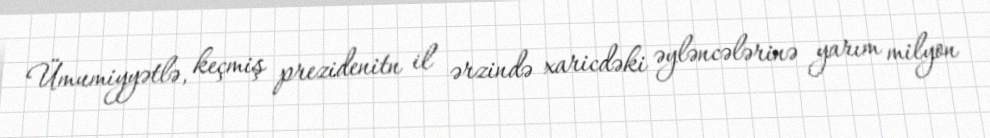
Ümumiyyətlə, keçmiş prezidenitn il ərzində xaricdəki əyləncələrinə yarım milyon